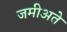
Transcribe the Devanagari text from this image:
जमीअते